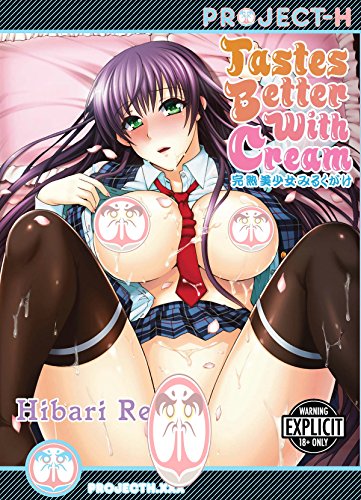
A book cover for TASTES BETTER WITH CREAM (HENTAI MANGA); Rei Hibari; Comics & Graphic Novels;